Leaving Certificate Examination, 1913
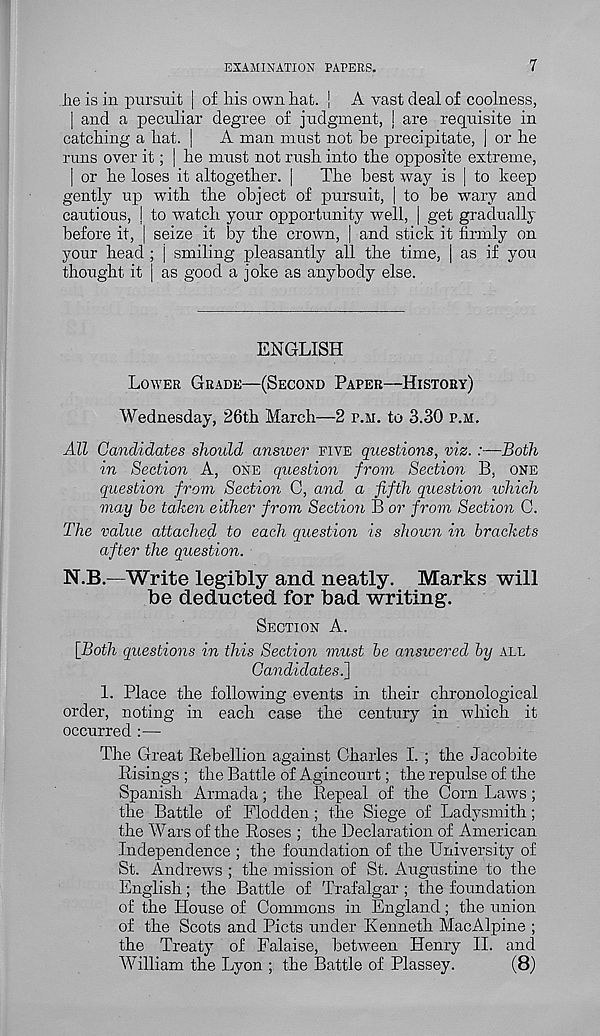
EXAMINATION PAPEES.
7
lie is in pursuit | of his own hat. j A vast deal of coolness,
| and a peculiar degree of judgment, J are requisite in
catching a hat. |
A man must not be precipitate, | or he
runs over it; | he must not rush into the opposite extreme,
| or he loses it altogether. [
The best way is | to keep
gently up with the object of pursuit, | to be wary and
cautious, | to watch your opportunity well, | get gradually
before it, | seize it by the crown, | and stick it firmly on
your head ; j smiling pleasantly all the time, | as if you
thought it | as good a joke as anybody else.
ENGLISH
LOWER GRADE—(SECOND PAPER—HISTORY)
Wednesday, 26th March—2 P.M. to 3.30 P.M.
All Candidates should answer FIVE questions, viz. :—Both
in Section A, ONE question from Section B, ONE
question from Section C, and a fifth question lohich
may be taken either from Section B or from Section C.
The value attached to each question is shown in brackets
after the question.
N.B.—Write legibly and neatly. Marks will
be deducted for bad writing.
SECTION A.
[Both questions in this Section must be answered by ALL
Candidates.]
1. Place the following events in their chronological
order, noting in each case the century in which it
occurred :—
The Great Rebellion against Charles I. ; the Jacobite
Risings ; the Battle of Agincourt; the repulse of the
Spanish Armada; the Repeal of the Corn Laws ;
the Battle of Flodden; the Siege of Ladysmith;
the Wars of the Roses ; the Declaration of American
Independence ; the foundation of the University of
St. Andrews ; the mission of St. Augustine to the
English; the Battle of Trafalgar ; the foundation
of the House of Commons in England; the union
of the Scots and Piets under Kenneth MacAlpine ;
the Treaty 7 of Falaise, between Henry II. and
William the Lyon ; the Battle of Plassey.
(8)